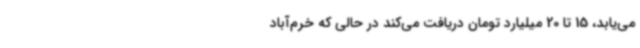
می‌یابد، 15 تا 20 میلیارد تومان دریافت می‌کند در حالی که خرم‌آباد